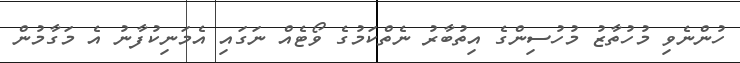
ހުންނެވި މުހުތާޒު މުހުސިންގެ އިތުބާރު ނެތްކަމުގެ ވޯޓެއް ނަގައި އެމަނިކުފާނު އެ މަގާމުން